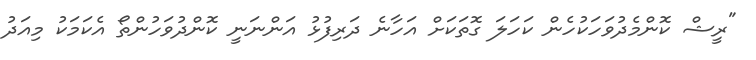
"ރީޝް ކޮންމެދުވަހަކުހެން ކަހަލަ ގޮތަކަށް އަހާނެ ދަރިފުޅު އަންނަނީ ކޮންދުވަހުންތޯ އެކަމަކު މިއަދު